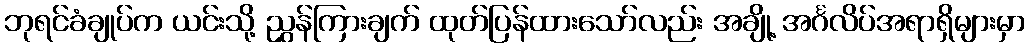
ဘုရင်ခံချုပ်က ယင်းသို့ ညွှန်ကြားချက် ထုတ်ပြန်ထားသော်လည်း အချို့ အင်္ဂလိပ်အရာရှိများမှာ